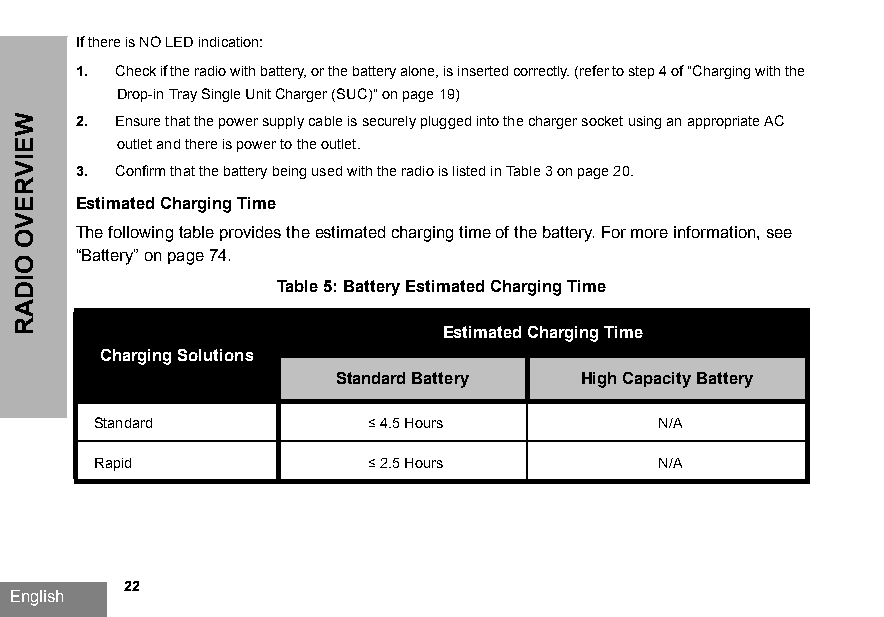
If there is NO LED indication:
 1. Check if the radio with battery, or the battery alone, is inserted correctly. (refer to step 4 of "Charging with the
 Drop-in Tray Single Unit Charger (SUC)" on page19)
 2. Ensure that the power supply cable is securely plugged into the charger socket using an appropriate AC
 outlet and there is power to the outlet.
 3. Confirm that the battery being used with the radio is listed in Table3 on page20.
 Estimated Charging Time
 The following table provides the estimated charging time of the battery. For more information, see
 “Battery” on page74.
 Table 5: Battery Estimated Charging Time
 Estimated Charging Time
 Charging Solutions
 Standard Battery High Capacity Battery
 Standard          ≤4.5 Hours         N/A
 Rapid             ≤2.5 Hours         N/A
 22
 English
 WEIVREVO
 OIDAR